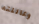
وعائلته